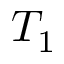
T _ { 1 }